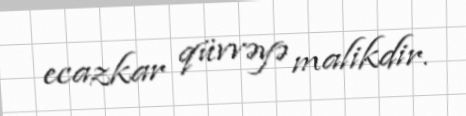
ecazkar qüvvəyə malikdir.